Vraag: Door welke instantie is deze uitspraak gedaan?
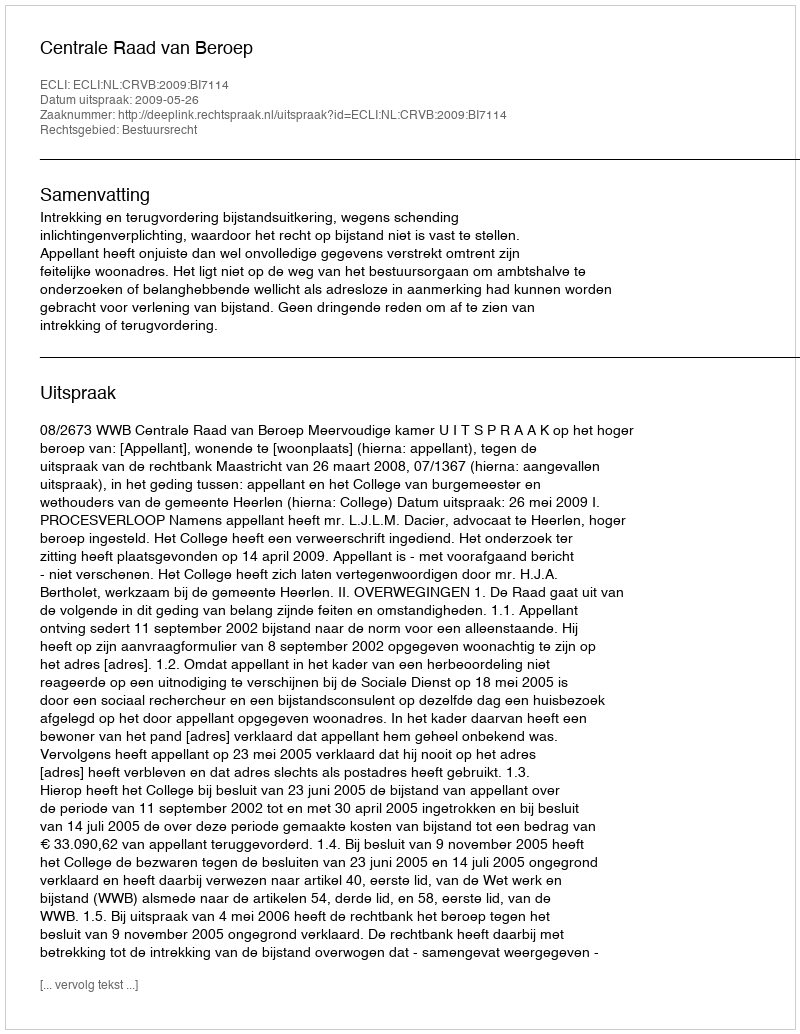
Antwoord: Centrale Raad van Beroep